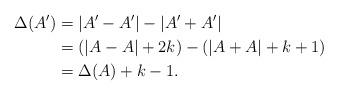
LaTeX: \begin{align*} \Delta(A') & = |A'-A'| - |A'+A'| \\ & = (|A-A| + 2k) - ( |A+A| + k+1) \\& = \Delta(A) + k-1.\end{align*}